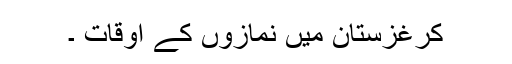
کرغزستان میں نمازوں کے اوقات ۔